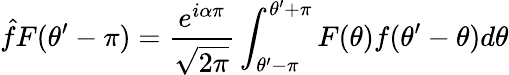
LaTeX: \hat{f}F(\theta^{\prime}-\pi)=\displaystyle\frac{e^{i\alpha\pi}}{\sqrt{2\pi}}\int_{\theta^{\prime}-\pi}^{\theta^{\prime}+\pi}F(\theta)f(\theta^{\prime}-\theta)d\theta